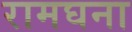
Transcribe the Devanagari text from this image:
रामघना